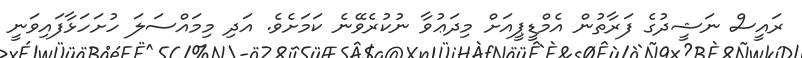
ރައީސް ނަޝީދުގެ ފަރާތުން އެމްޑީޕީއަށް މިދަޢުވާ ނުކުރެވޭނެ ކަމަށެވެ. އަދި މިމައްސަލަ ހުށަހަޅާފައިވަނީ